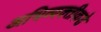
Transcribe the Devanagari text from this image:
अभिव्यक्तीकडे